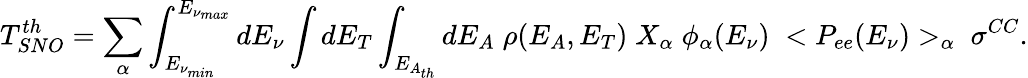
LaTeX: T_{SNO}^{th}=\sum_{\alpha}\int_{E_{\nu_{min}}}^{E_{\nu_{max}}}dE_{\nu}\int dE_{T}\int_{E_{A_{th}}}dE_{A}\; \rho(E_{A},E_{T})\; X_{\alpha}\; \phi_{\alpha}(E_{\nu})\; <P_{ee}(E_{\nu})>_{\alpha}\; \sigma^{CC}.